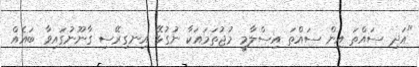
"އަދި ސައްތަ އިން ސައްތަ އިސްލާމީ މުޖުތަމައަކާ ނުގުޅޭ އިނގިރޭސި ގާނޫނުގައިވާ ބައެއް